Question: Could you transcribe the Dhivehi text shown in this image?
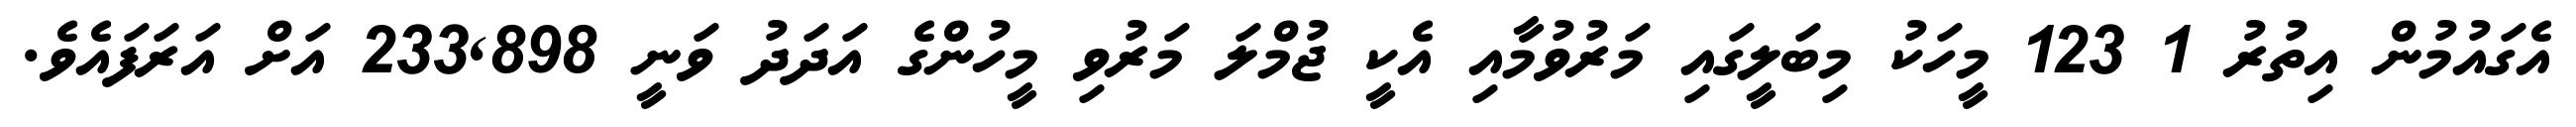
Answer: އެގައުމުން އިތުރު 1 123 މީހަކު މިބަލީގައި މަރުވުމާއި އެކީ ޖުމްލަ މަރުވި މީހުންގެ އަދަދު ވަނީ 233,898 އަށް އަރަފައެވެ.